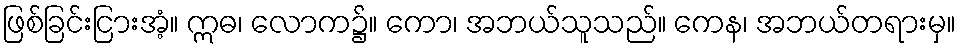
ဖြစ်ခြင်းငြားအံ့။ ဣဓ၊ လောက၌။ ကော၊ အဘယ်သူသည်။ ကေန၊ အဘယ်တရားမှ။